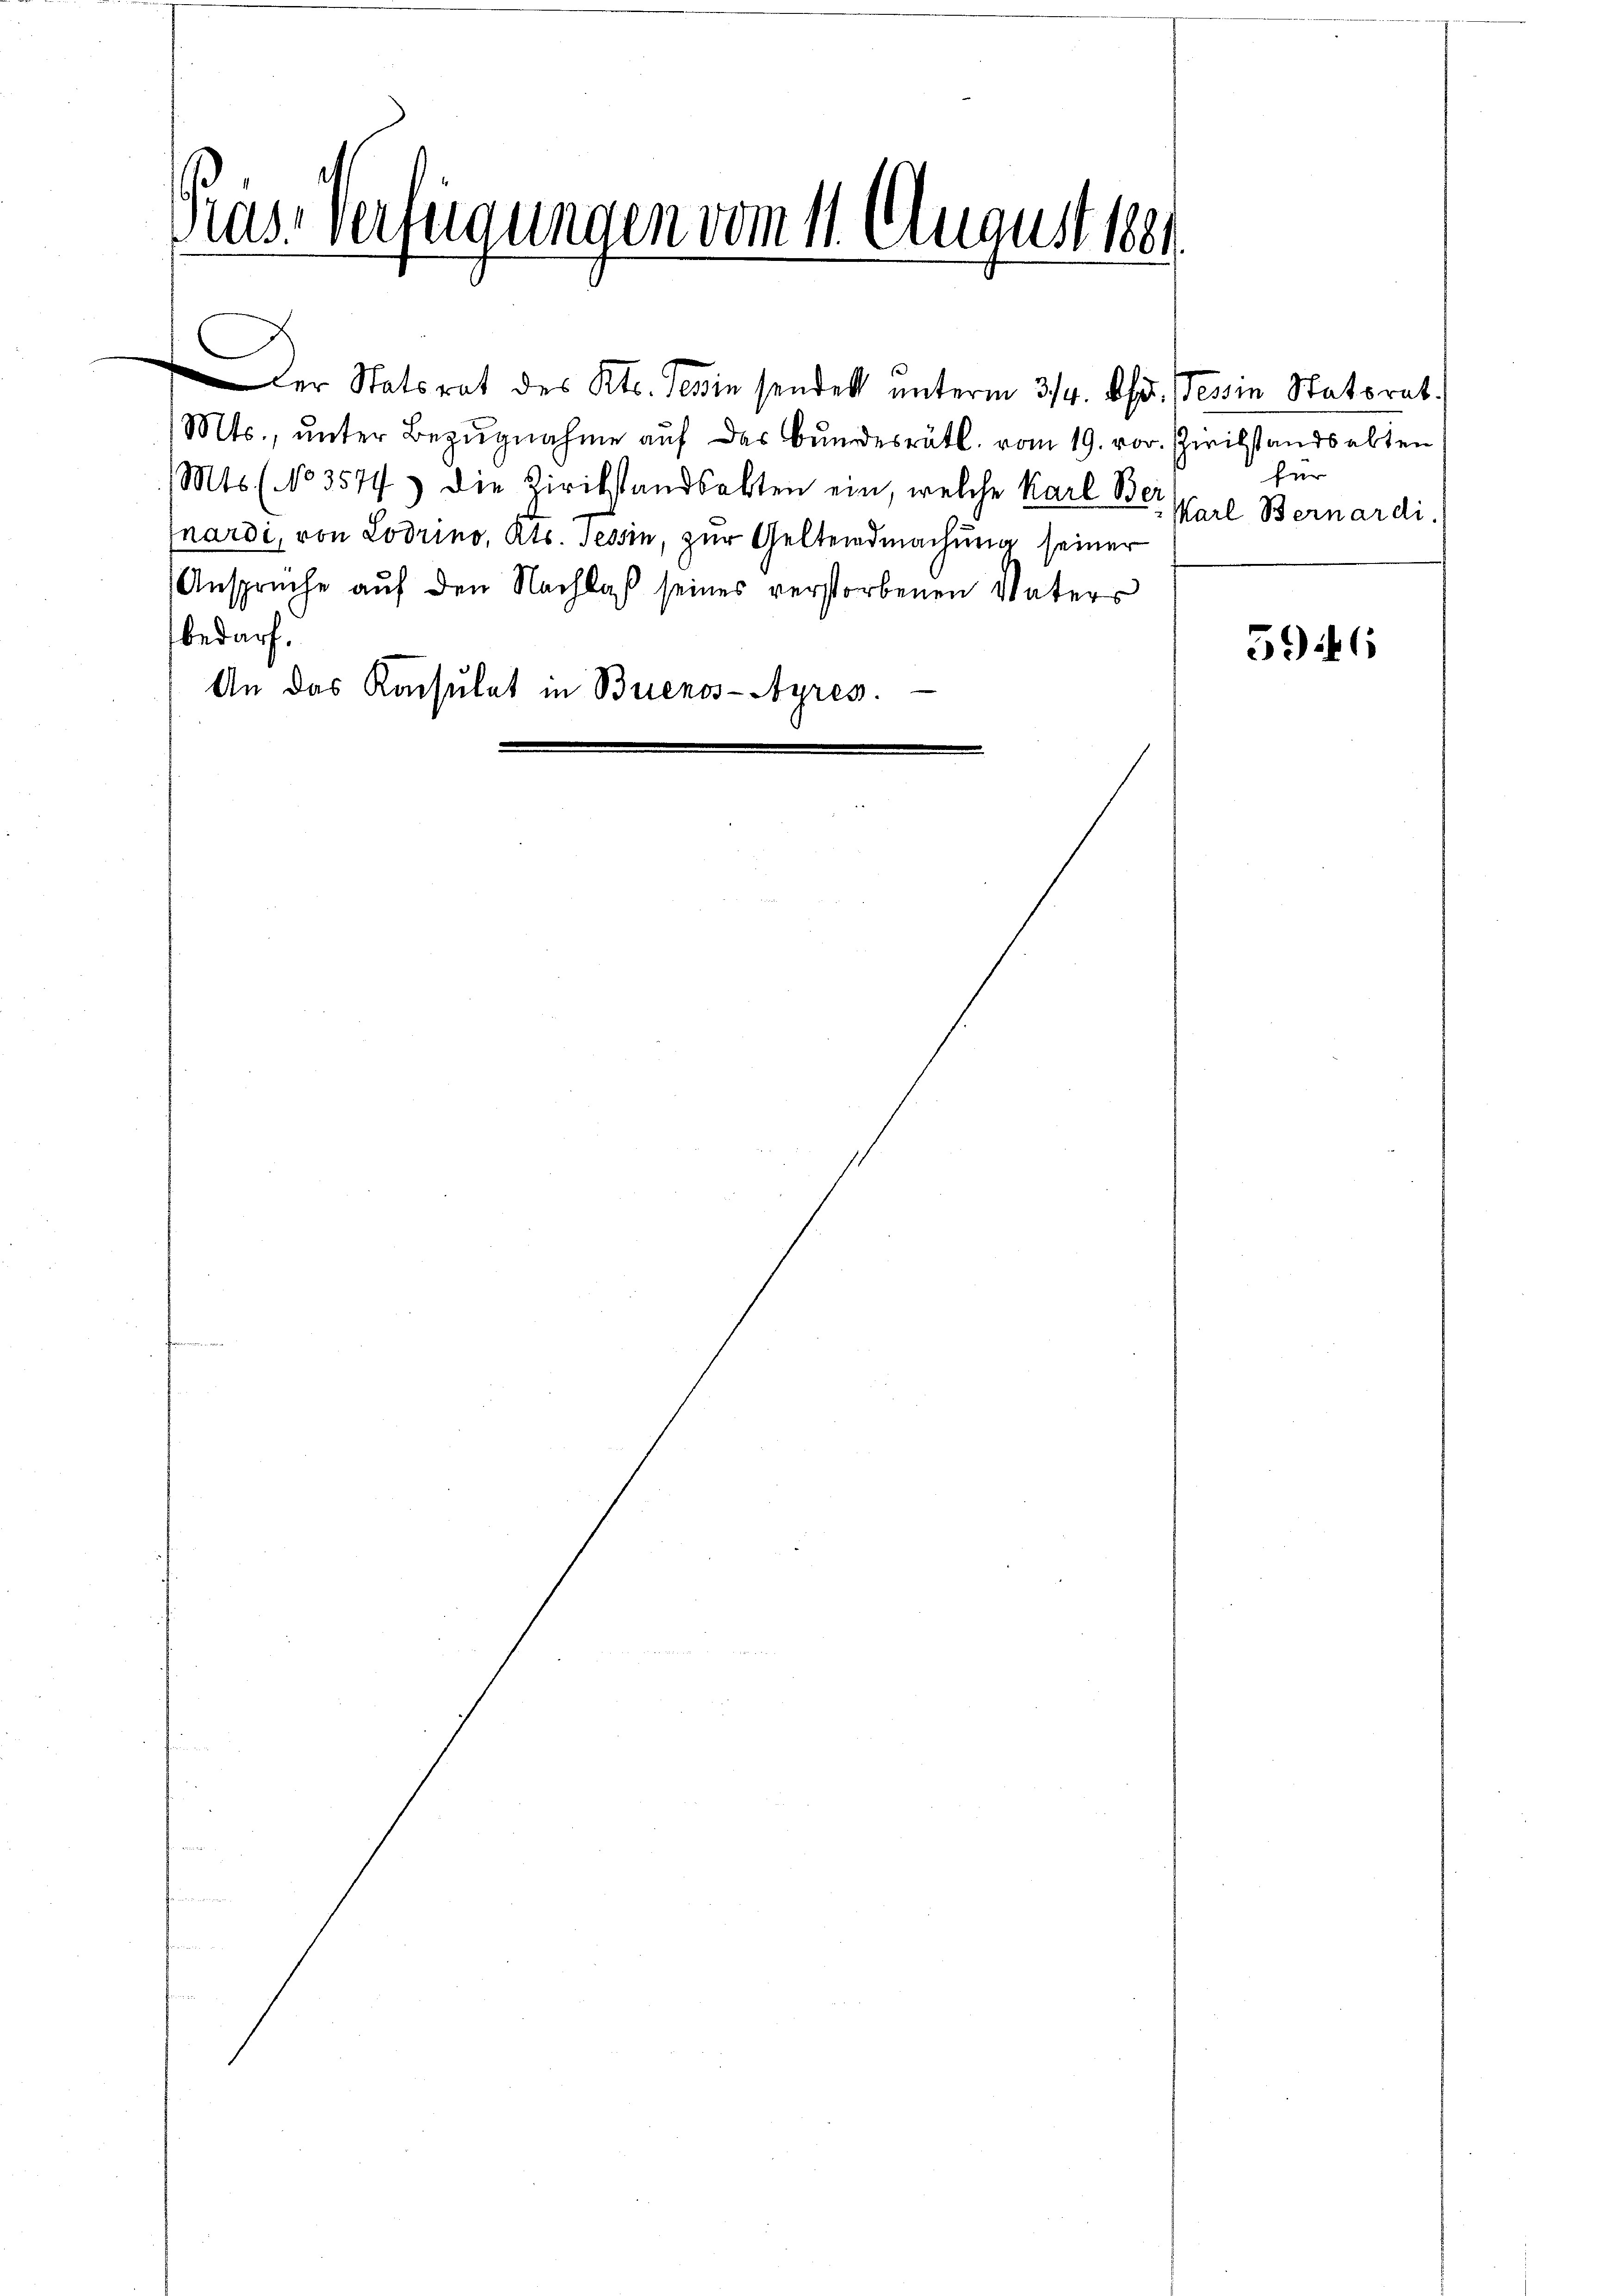
s
Kas-Verfügungen vom 11. August 1881

C
Mts., ŭnter Bezŭgnahme aŭf der Bŭndesrätl. vom 19. vor. Zivilstandsabten
Mts. (No 3574) die Zivilstandsakten ein, welche Karl Bei
nardi, von Lodrino, Kts. Tessin, zur Geltendmachung seiner
Ansprüche aŭf den Nachlaß seines verstorbenen Vaters
bedarf.
An das Konsulat in Buenos-Ayres.

Der Statsrat des Kts. Sein sendet unterm 3/4. Apr. Tessin Statorat.

für
Karl Bernardi.

596